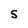
Character: S